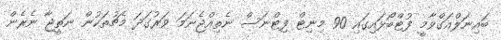
ބައިނަލްއަގްވާމީ ފުޓްބޯޅައިގައި 90 މިނިޓް ފިޓްނަސް ނެތިއްޖެނަމަ ވަރުގަދަ މެޗުތަކުން ނަތީޖާ ނެރެން